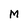
Character: M